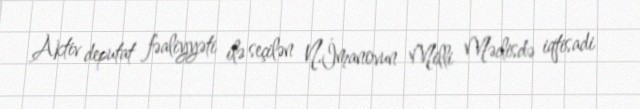
Aktiv deputat fəaliyyəti ilə seçilən N.İmanovun Milli Məclisdə iqtisadi